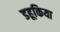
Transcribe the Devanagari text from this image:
डहूकिया